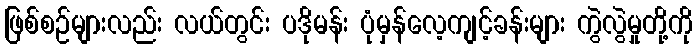
ဖြစ်စဉ်များလည်း လယ်တွင်း ပဒိုမန်း ပုံမှန်လေ့ကျင့်ခန်းများ ကွဲလွဲမှုတို့ကို